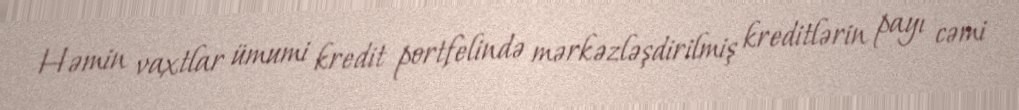
Həmin vaxtlar ümumi kredit portfelində mərkəzləşdirilmiş kreditlərin payı cəmi